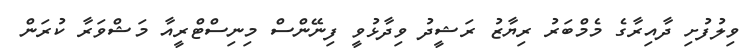
ވިލުފުށި ދާއިރާގެ މެމްބަރު ރިޔާޒު ރަޝީދު ވިދާޅުވީ ފިނޭންސް މިނިސްޓްރީއާ މަޝްވަރާ ކުރަން